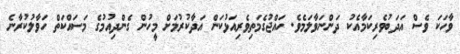
ވާހަކަ ވެސް އަދަބުވެރިކަމާއެކު ދަންނަވާލަމެވެ. ހައްޖުގެމަތިވެރިއަޅުކަން އަދާކުރުމަށް މީހުން ގެންދިއުމުގެ މަސައްކަތް ހަވާލުކުރާނެ